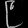
Digit: ၉